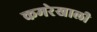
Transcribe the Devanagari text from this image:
कमरेखाली